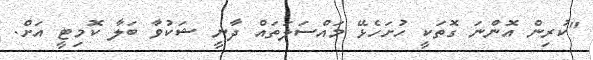
"ކުރިން އޮންނަ ގޮތަކީ ހުށަހެޅޭ މައްސަލަތައް ދާނީ ޝަކުވާ ބަލާ ކޮމިޓީ އަށް.